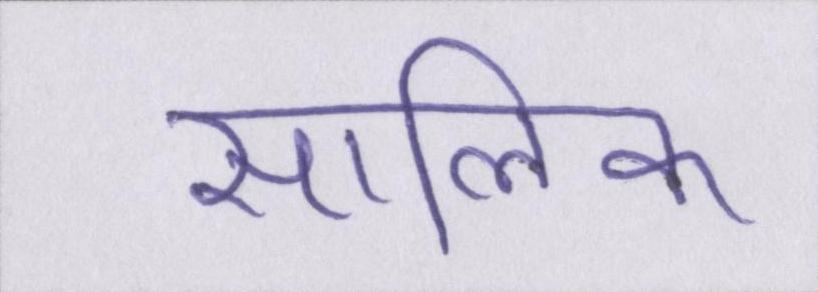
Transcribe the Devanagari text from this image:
सालिक